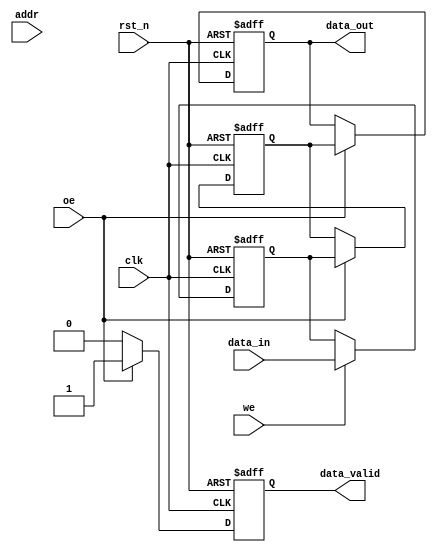
module DRAM_IO_Block #(
    parameter DATA_WIDTH = 8,  // Data width (8, 16, 32 bits)
    parameter ADDR_WIDTH = 10   // Address width
)(
    input wire clk,              // System clock
    input wire rst_n,            // Active low reset
    input wire we,               // Write Enable
    input wire oe,               // Output Enable
    input wire [ADDR_WIDTH-1:0] addr, // Address input
    input wire [DATA_WIDTH-1:0] data_in, // Data input
    output reg [DATA_WIDTH-1:0] data_out, // Data output
    output reg data_valid        // Data valid signal
);

    // Internal signals
    reg [DATA_WIDTH-1:0] input_buffer;  // Input buffer
    reg [DATA_WIDTH-1:0] output_buffer; // Output buffer
    reg [ADDR_WIDTH-1:0] addr_latch;    // Address latch

    // Control logic for read/write operations
    always @(posedge clk or negedge rst_n) begin
        if (!rst_n) begin
            addr_latch <= 0;
            input_buffer <= 0;
            output_buffer <= 0;
            data_out <= 0;
            data_valid <= 0;
        end else begin
            // Latch the address
            addr_latch <= addr;

            // Write operation
            if (we) begin
                input_buffer <= data_in; // Capture incoming data
                // Simulate writing to memory (not implemented here)
                // In a real design, you would write input_buffer to memory cells
            end

            // Read operation
            if (oe) begin
                // Simulate reading from memory (not implemented here)
                // In a real design, you would read from memory cells into output_buffer
                output_buffer <= input_buffer; // For simulation, echo input_buffer
                data_out <= output_buffer;      // Drive data onto the bus
                data_valid <= 1;                // Indicate data is valid
            end else begin
                data_valid <= 0;                // Data not valid when not enabled
            end
        end
    end

    // Optional: Refresh logic and power management can be added here

endmodule